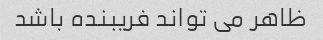
ظاهر می تواند فریبنده باشد